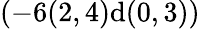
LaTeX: (-6(2,4)\textrm{d}(0,3))